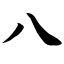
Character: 八